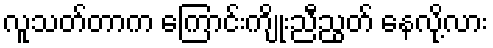
လူသတ်တာက ကြောင်းကျိုးညီညွတ် နေလို့လား